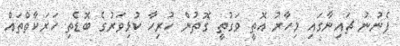
ފެނުނު ޗައިނާގައި މިހާރު އޮތީ ވަގުތީ ގޮތުން ހުރިހާ ކުޅިވަރުގެ ބޮޑެތި ހަރަކާތްތައް